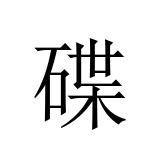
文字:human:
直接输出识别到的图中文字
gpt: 碟